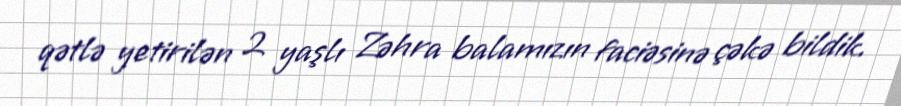
qətlə yetirilən 2 yaşlı Zəhra balamızın faciəsinə çəkə bildik.